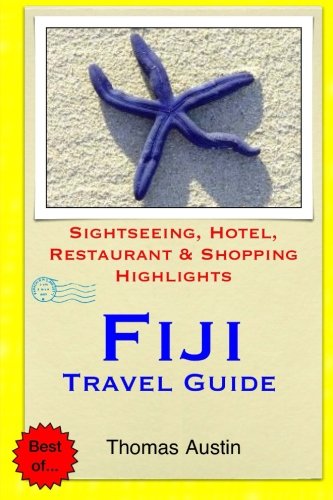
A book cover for Fiji Travel Guide: Sightseeing, Hotel, Restaurant & Shopping Highlights; Thomas Austin; Travel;